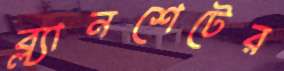
ব্ল্যানশেটের